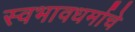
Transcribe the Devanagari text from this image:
स्वभावधर्माचे